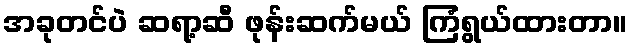
အခုတင်ပဲ ဆရာ့ဆီ ဖုန်းဆက်မယ် ကြံရွယ်ထားတာ။